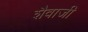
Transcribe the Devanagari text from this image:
शैवाजी